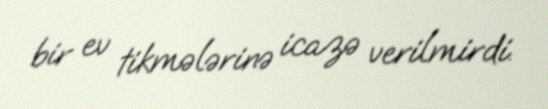
bir ev tikmələrinə icazə verilmirdi.